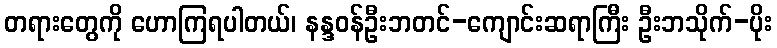
တရားတွေကို ဟောကြရပါတယ်၊ နန္ဒဝန်ဦးဘတင်-ကျောင်းဆရာကြီး ဦးဘသိုက်-ပိုး